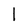
Character: l